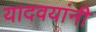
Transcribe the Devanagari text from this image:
यादवयांनी